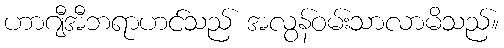
ဟာဂျီအီဘရာဟင်သည် အလွန်ဝမ်းသာလာမိသည်။